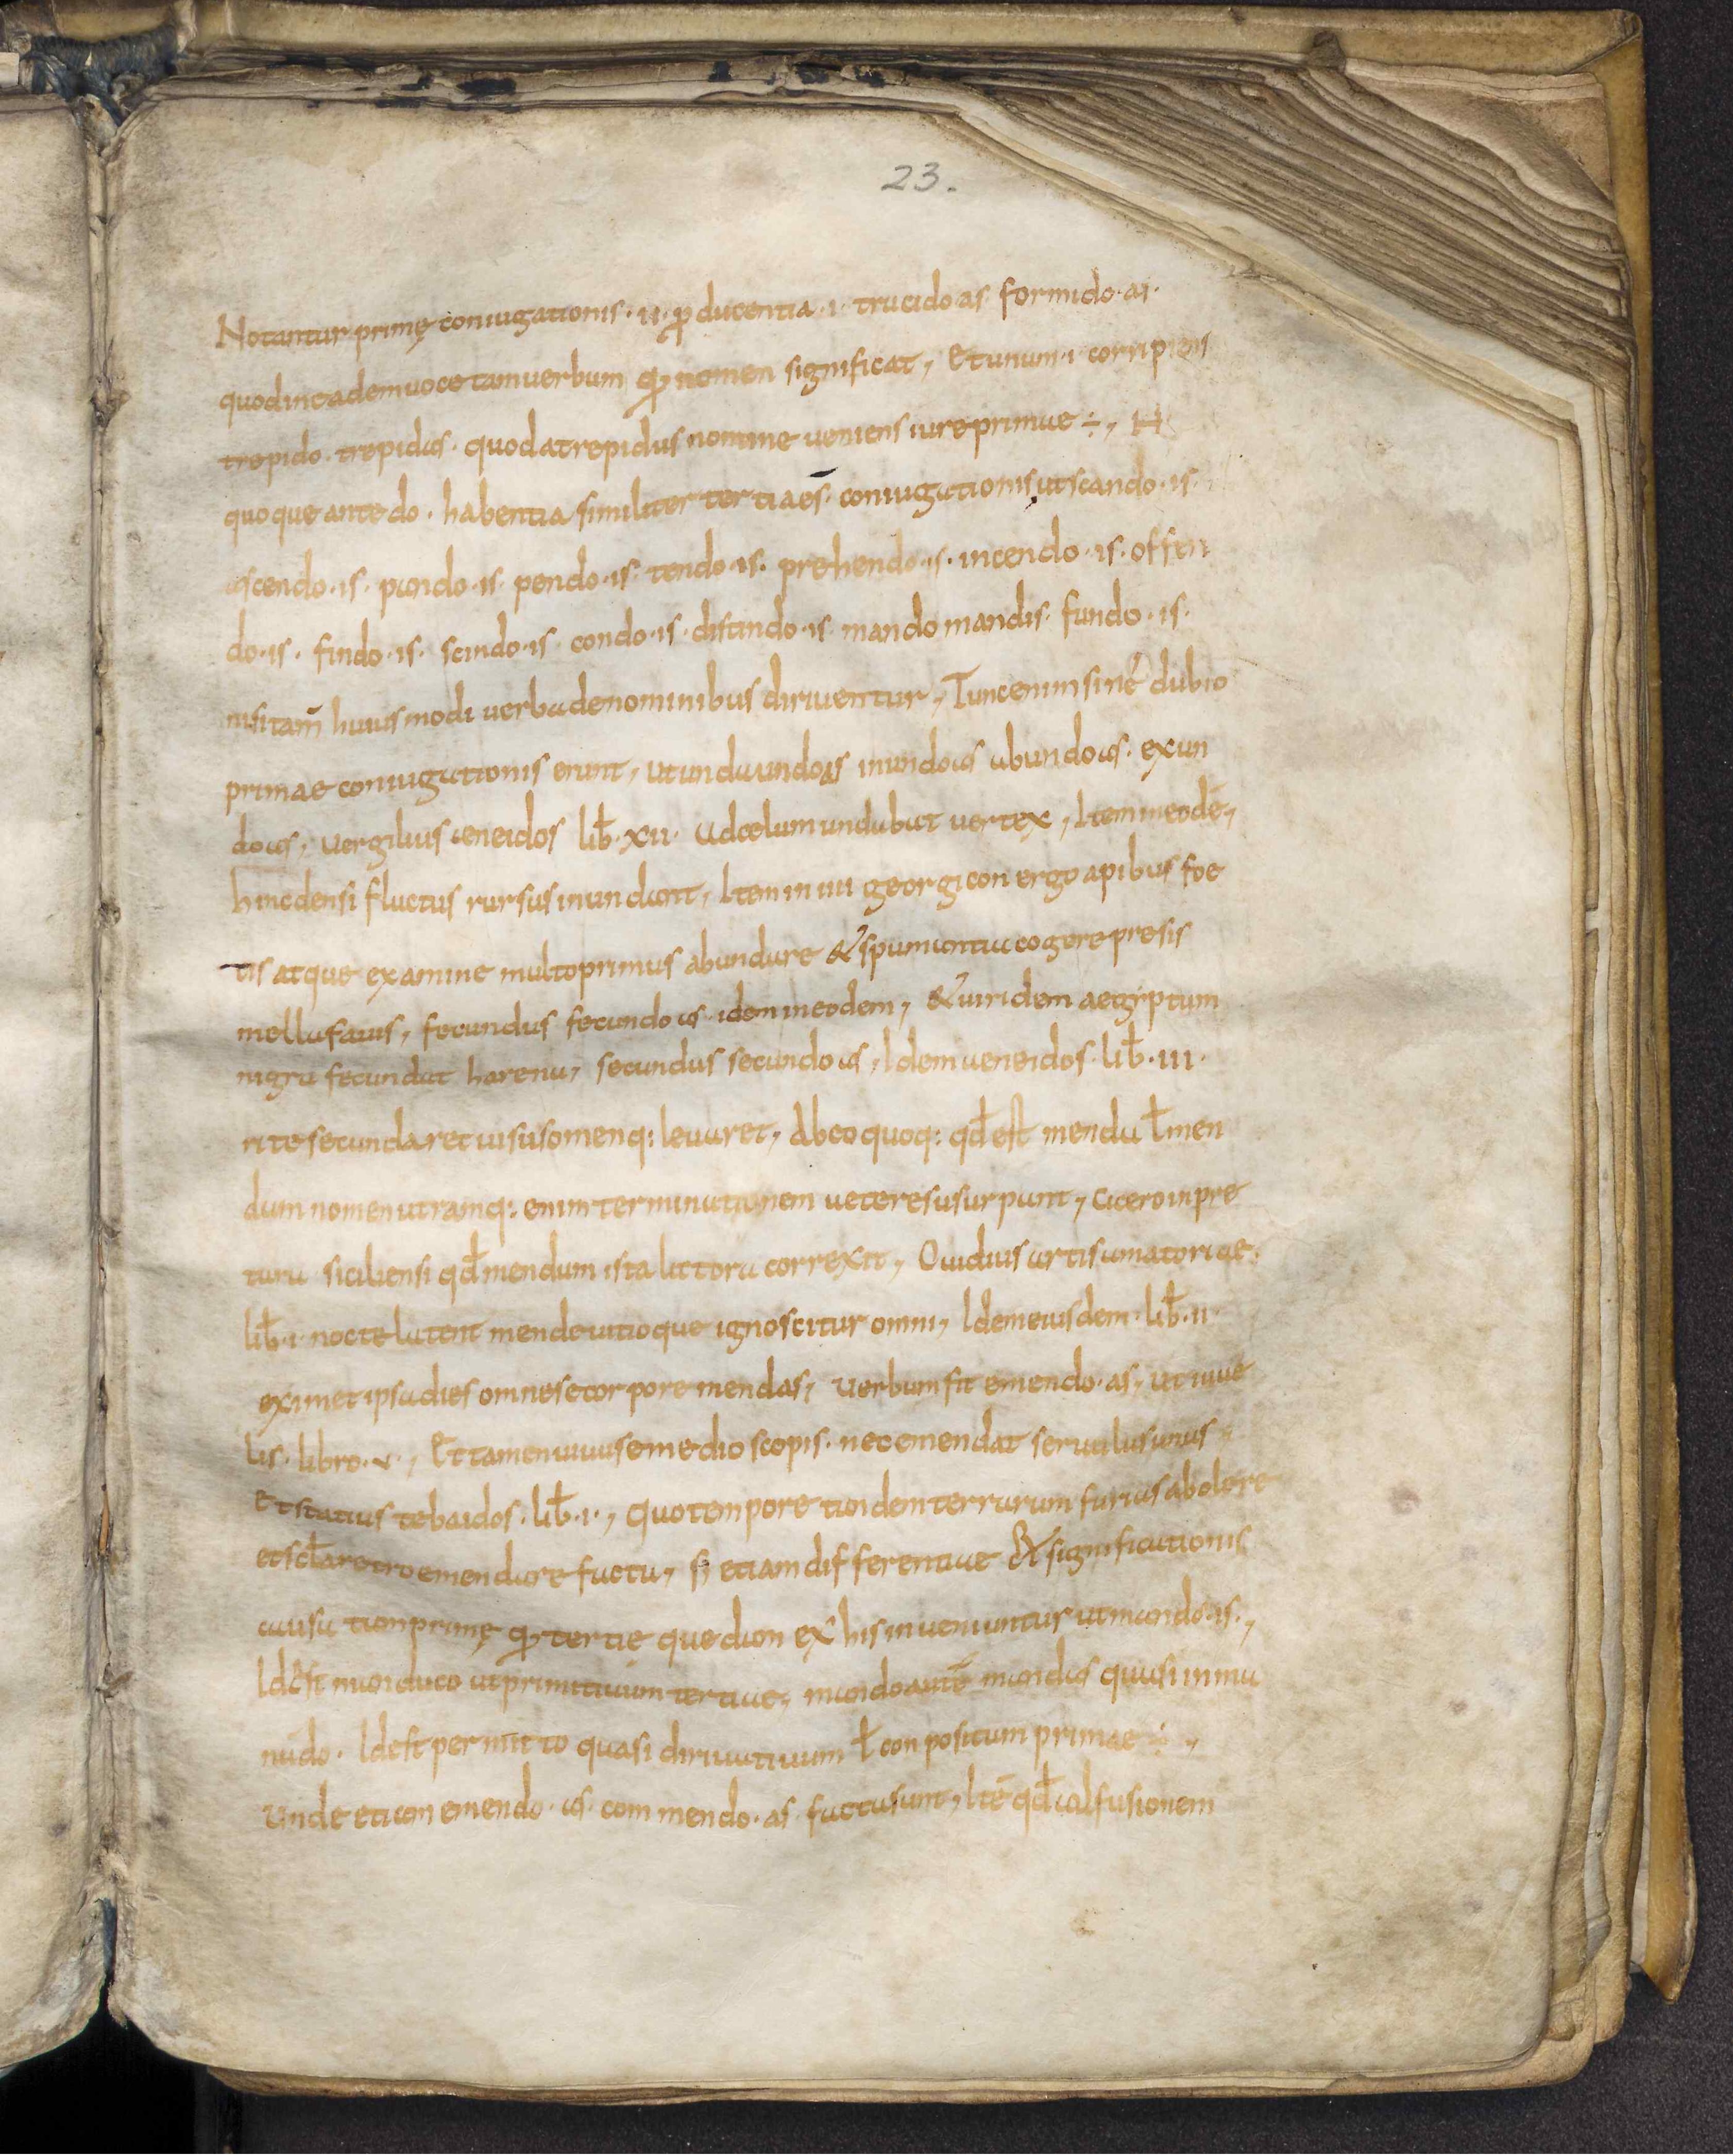
Shelfmark: Leiden, Bibliotheek der Rijksuniversiteit, Voss. Lat. O 41
Century: 9